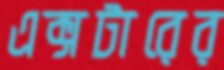
এক্সটারের